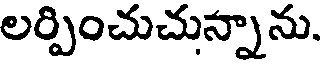
లర్పించుచున్నాను.